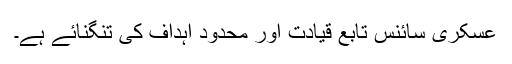
عسکری سائنس تابع قیادت اور محدود اہداف کی تنگنائے ہے۔